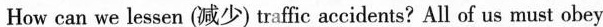
How can we lessen (减少) traffic accidents? All of us must obey